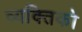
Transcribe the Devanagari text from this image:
व्यक्तिको